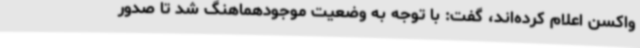
واکسن اعلام کرده‌اند، گفت: با توجه به وضعیت موجودهماهنگ شد تا صدور